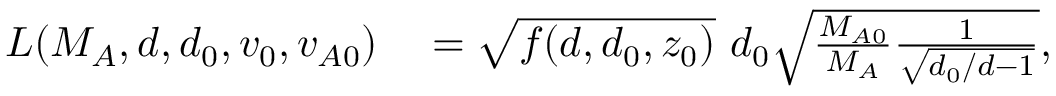
\begin{array} { r l } { L ( M _ { A } , d , d _ { 0 } , v _ { 0 } , v _ { A 0 } ) } & { { } = \sqrt { f ( d , d _ { 0 } , z _ { 0 } ) } \ d _ { 0 } \sqrt { \frac { M _ { A 0 } } { M _ { A } } \frac { 1 } { \sqrt { d _ { 0 } / d - 1 } } } , } \end{array}